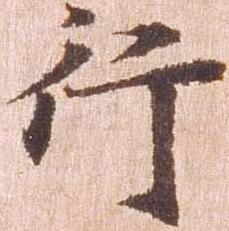
行